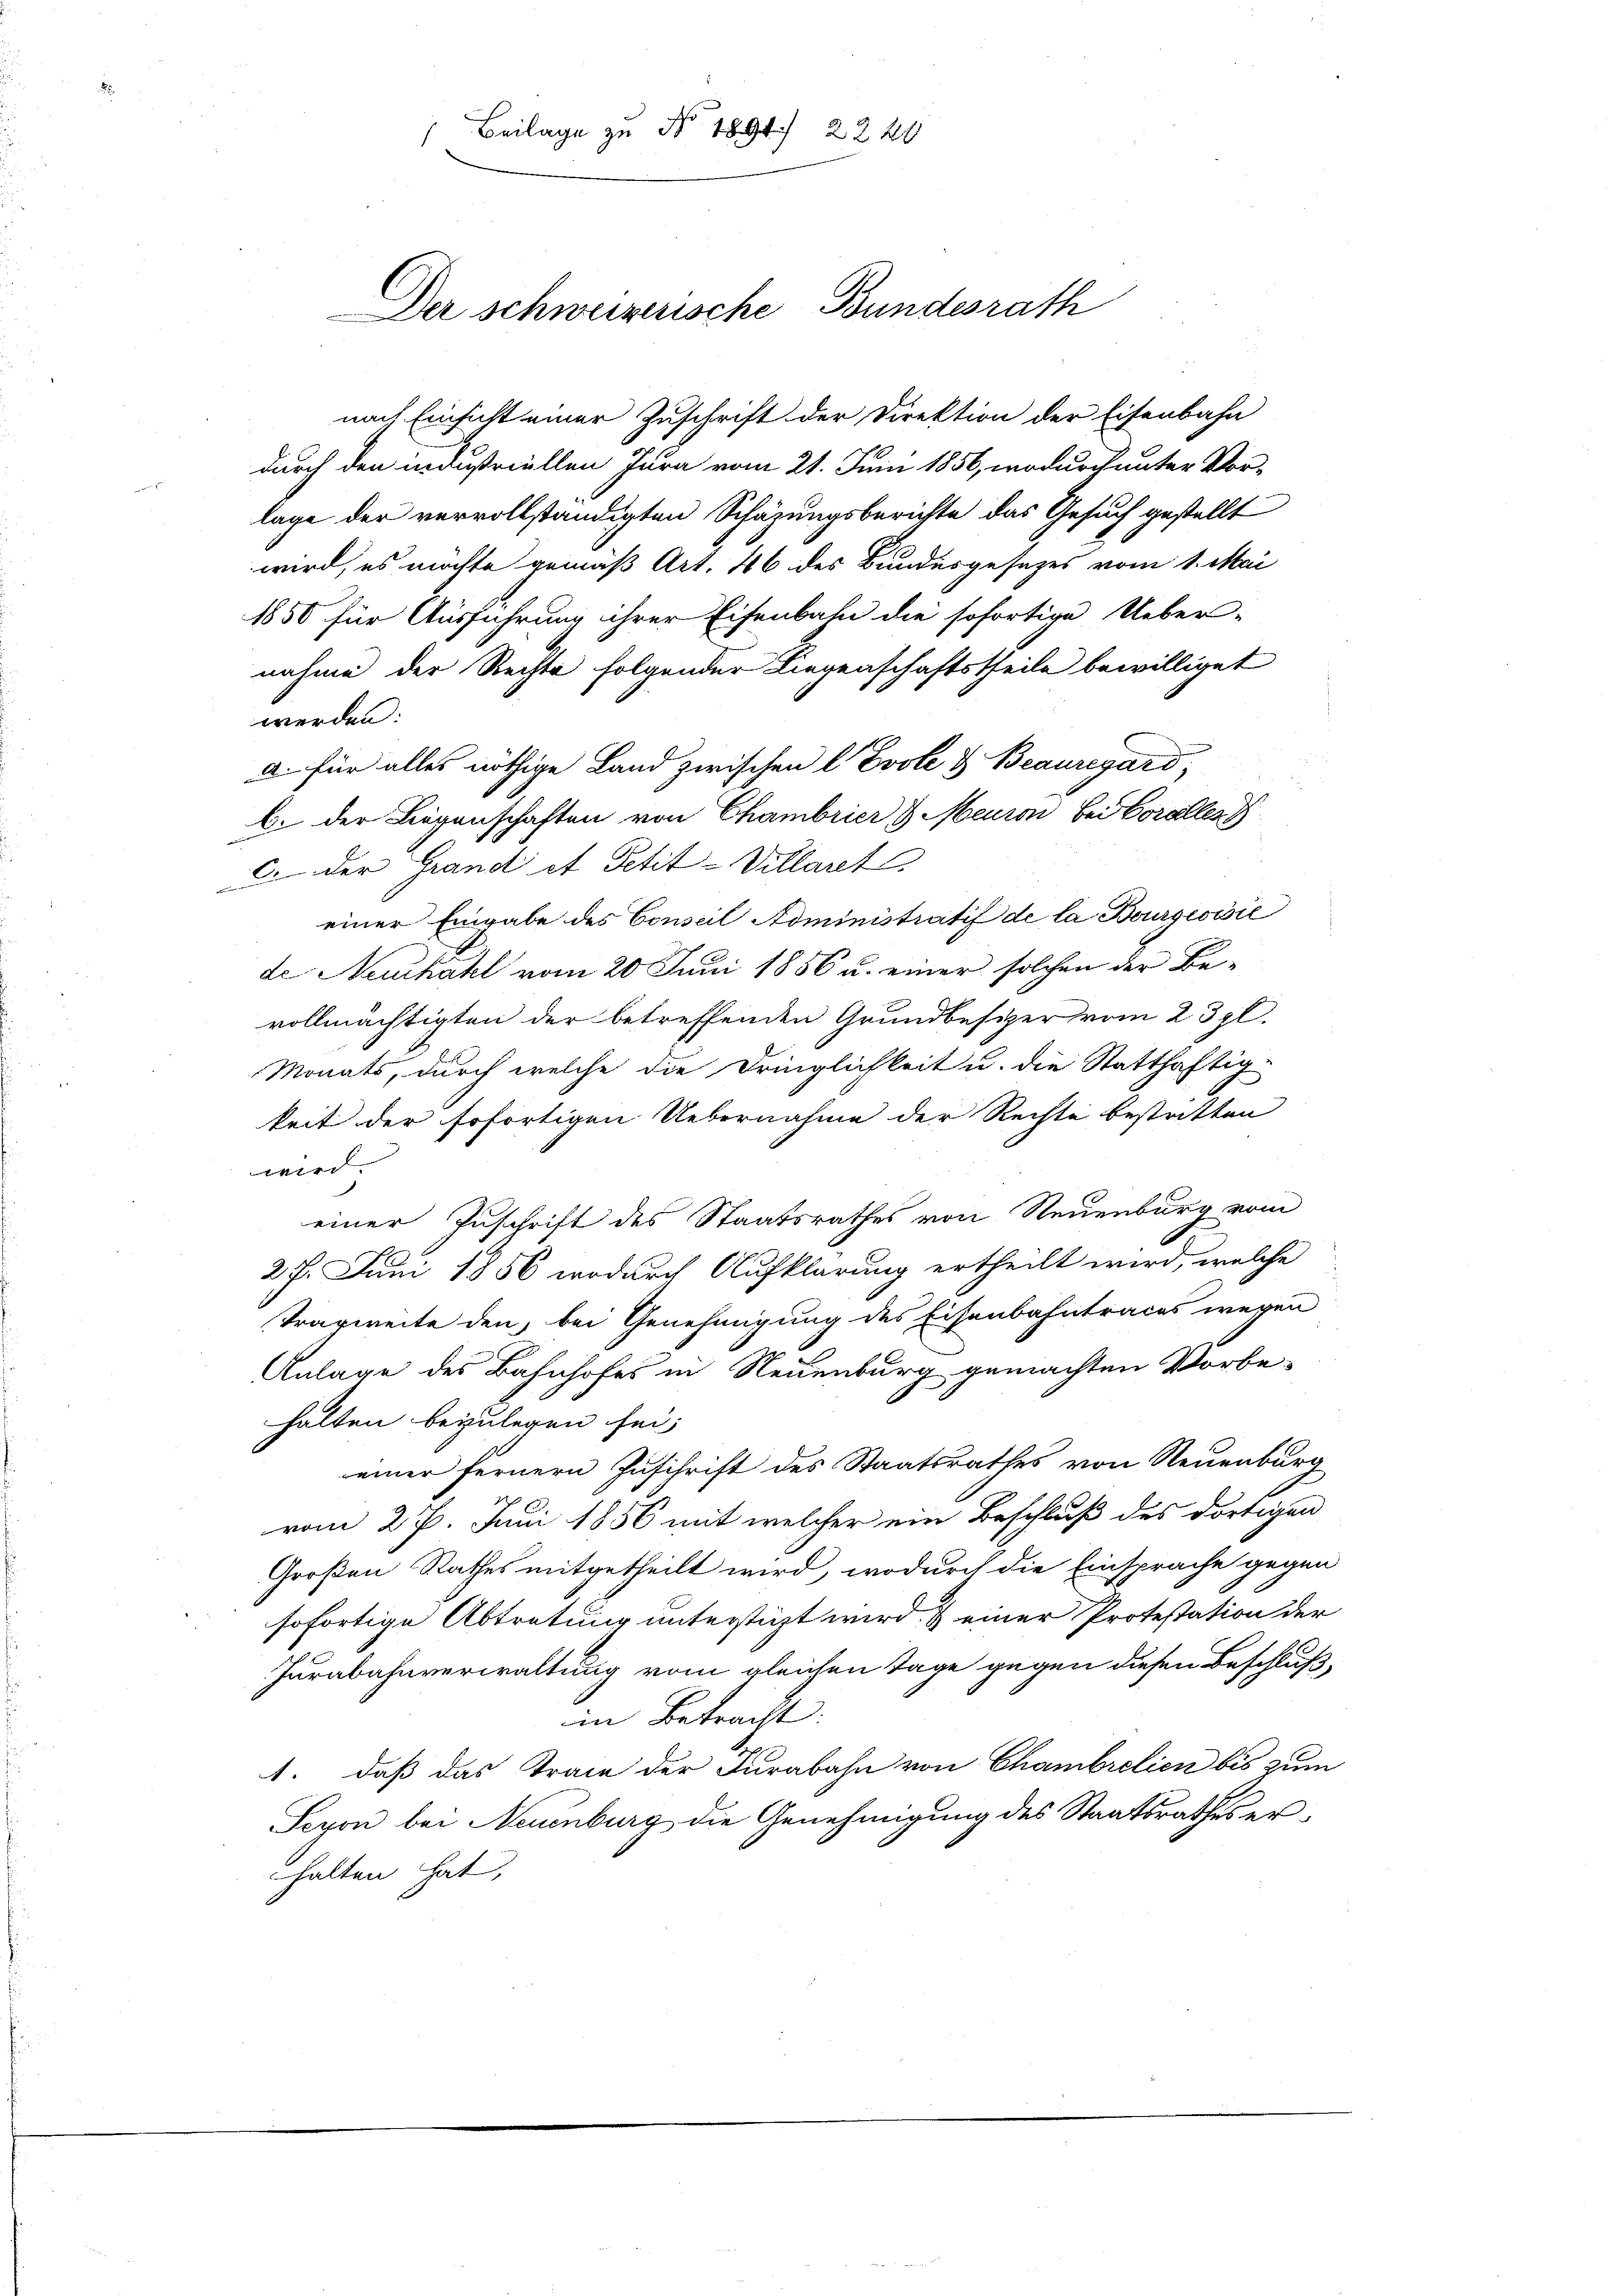
Beilage zu No 1891 2220

Der schweizerische Bundesrath

1850 für Ausführung ihrer Eisenbahn die sofortige Ueber-
nahme der Rechte folgender Liegenschaftstheile bewilliget
werden:
a. für alles nöthige Land zwischen C Evole & Beauregard,
b. der Liegenschaften von Chambrier & Meuron bei Coralles
 der Grand et Petit-Villart
einer Eingabe des Conseil Administratif de la Bourgeoisie
de Neukahl vom 20 Juni 1856 u. einer solchen der Be-
vollmächtigten der betreffenden Grundbesizer vom 23 fl.
Monats, durch welche die Dringlichkeit u. die Statthaftig-
keit der sofortigen Uebernahme der Rechte bestritten
wird.
einer Zuschrift des Staatsrathes von Neuenburg vom
27. Juni 1856 wodurch Aufklärung ertheilt wird, welche
Tragweite den, bei Genehmigung des Eisenbahntraces wegen
Anlage des Bahnhofes in Neuenburg gemachten Vorbe-
halten bezulegen sei;
einer fernern Zuschrift des Staatsrathes von Neuenburg
vom 27. Juni 1856 mit welcher ein Beschluß des dortigen
Großen Rathes mitgetheilt wird, wodurch die Einsprache gegen
sofortige Abtretung unterstüzt wird & einer Protestation der
Jurabahnverwaltung vom gleichen Tage gegen diesen Beschluß,
im Betracht:
1. daß das Trace der Furabahn von Chambrelien bis zum
Seyon bei Neuenburg die Genehmigung des Staatsrathes erhalten hat,

nach Einsicht einer Zuschrift der Direktion der Eisenbahn
durch den industriellen Jura vom 21. Juni 1856, wodurch unter Vorlage der vervollständigten Schäzungsberichte das Gesuch gestellt
wird, es möchte gemäß Art. 46 des Bundesgesetzes vom 1. Mai